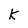
Character: k